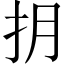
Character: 抈